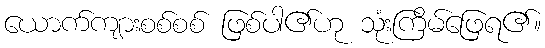
ယောက်ကျားစစ်စစ် ဖြစ်ပါ၏ဟု သုံးကြိမ်ဖြေရ၏။